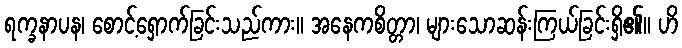
ရက္ခနာပန၊ စောင့်ရှောက်ခြင်းသည်ကား။ အနေကစိတ္တာ၊ များသောဆန်းကြယ်ခြင်းရှိ၏။ ဟိ